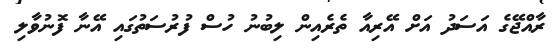
ރާއްޖޭގެ އަސަދު އަށް އޭރިއާ ތެރެއިން ލިބުނު ހުސް ފުރުސަތުގައި އޭނާ ފޮނުވާލި